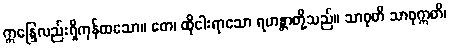
ဣန္ဒြေလည်းရှိကုန်ထသော။ တေ၊ ထိုငါးရာသော ရဟန္တာတို့သည်။ သာဓုတိ သာဓုဣတိ၊